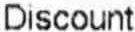
DISCOUNT